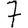
Digit: 7